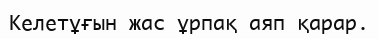
Келетұғын жас ұрпақ аяп қарар.